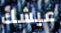
عيشك